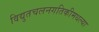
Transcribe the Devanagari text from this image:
विद्युतचलनगतिकीमधल्या